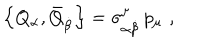
LaTeX: \left\{ Q _ { \alpha } , \bar { Q } _ { \dot { \beta } } \right\} = \sigma _ { \alpha \dot { \beta } } ^ { \mu } \, p _ { \mu } \, \, ,